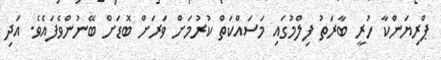
ޕްރިޔަންކާ ހުރީ ބާރަތު ފިލްމުގައި މަސައްކަތް ކުރުމަށް ވަރަށް ބޮޑަށް ބޭނުންވެފައެވެ. އަދި